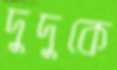
দুদুকে